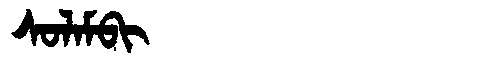
Manchu: ᠰᠣᠯᠠᠮᠪᡳ
Romanization: SOLAMBI